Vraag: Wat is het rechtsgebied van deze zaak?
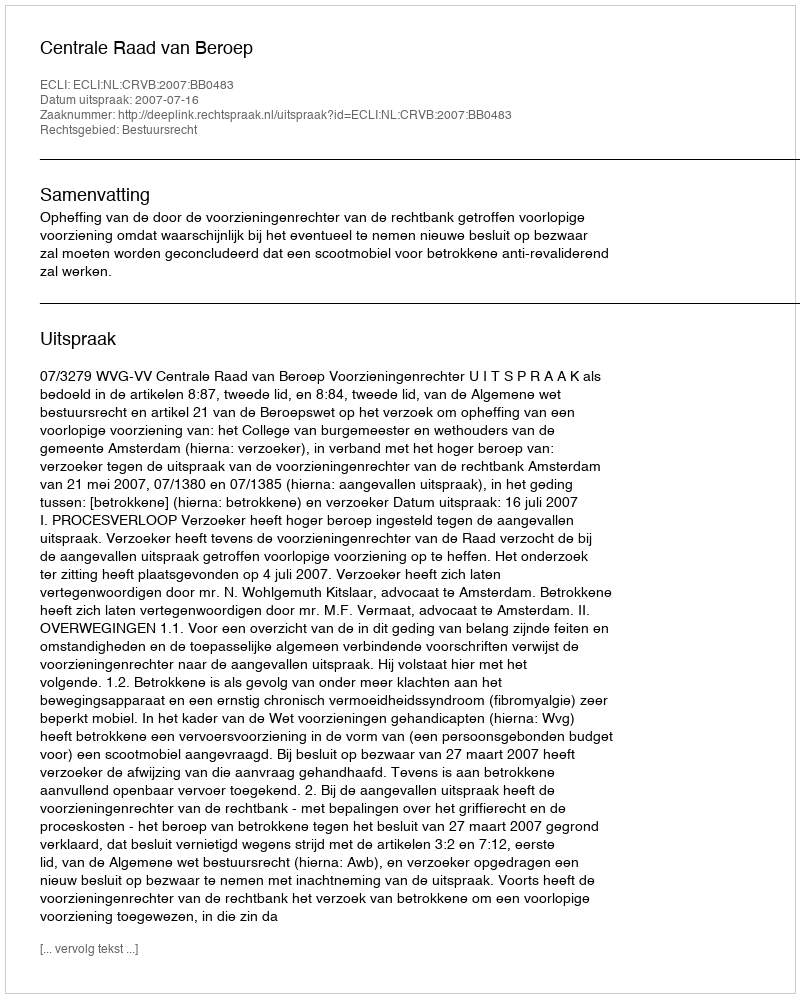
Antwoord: Bestuursrecht